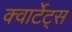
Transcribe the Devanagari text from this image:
क्वार्टेट्स